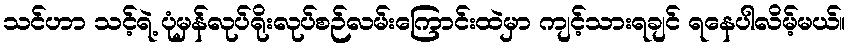
သင်ဟာ သင့်ရဲ့ ပုံမှန်လုပ်ရိုးလုပ်စဉ်လမ်းကြောင်းထဲမှာ ကျင့်သားရချင် ရနေပါလိမ့်မယ်။